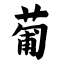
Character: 葡